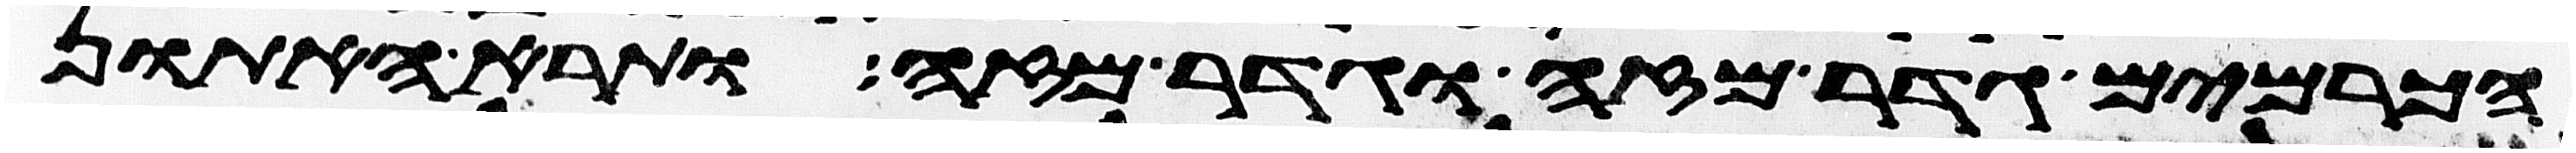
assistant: הכרמים גדר מזה וגדר מזה ותרא האתון